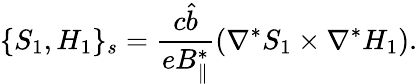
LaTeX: \{ S_{1},H_{1}\} _{s}=\frac{c\hat{b}}{eB_{\parallel}^{*}}(\nabla^{*}S_{1}\times\nabla^{*}H_{1}).